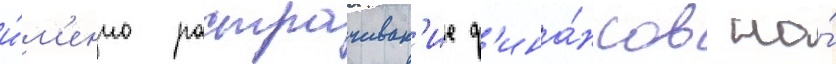
и́м'енно растрачиван'ие ф'ина́нсов на́